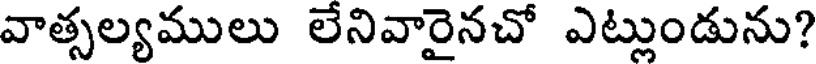
వాత్సల్యములు లేనివారైనచో ఎట్లుండును?